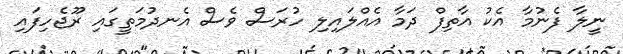
ނީލާ ފެނުމާ އެކު އާތިފް ދަމާ އެއްލައިލި ހުރަސް ވެސް އެނދުމަތީގައި ރޫޖެހިފައި